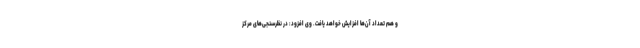
و هم تعداد آن‌ها افزایش خواهد یافت. وی افزود: در نظرسنجی‌های مرکز